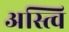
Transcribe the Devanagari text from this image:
अस्त्वि